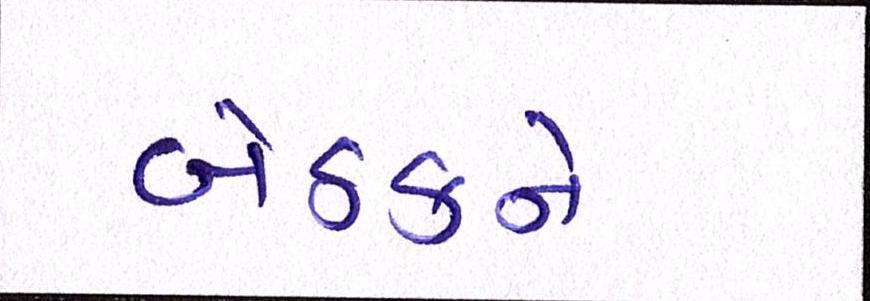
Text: બેઠકને